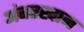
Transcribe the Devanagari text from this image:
अंबरखान